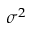
\sigma ^ { 2 }